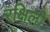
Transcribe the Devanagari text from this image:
रक्षिली